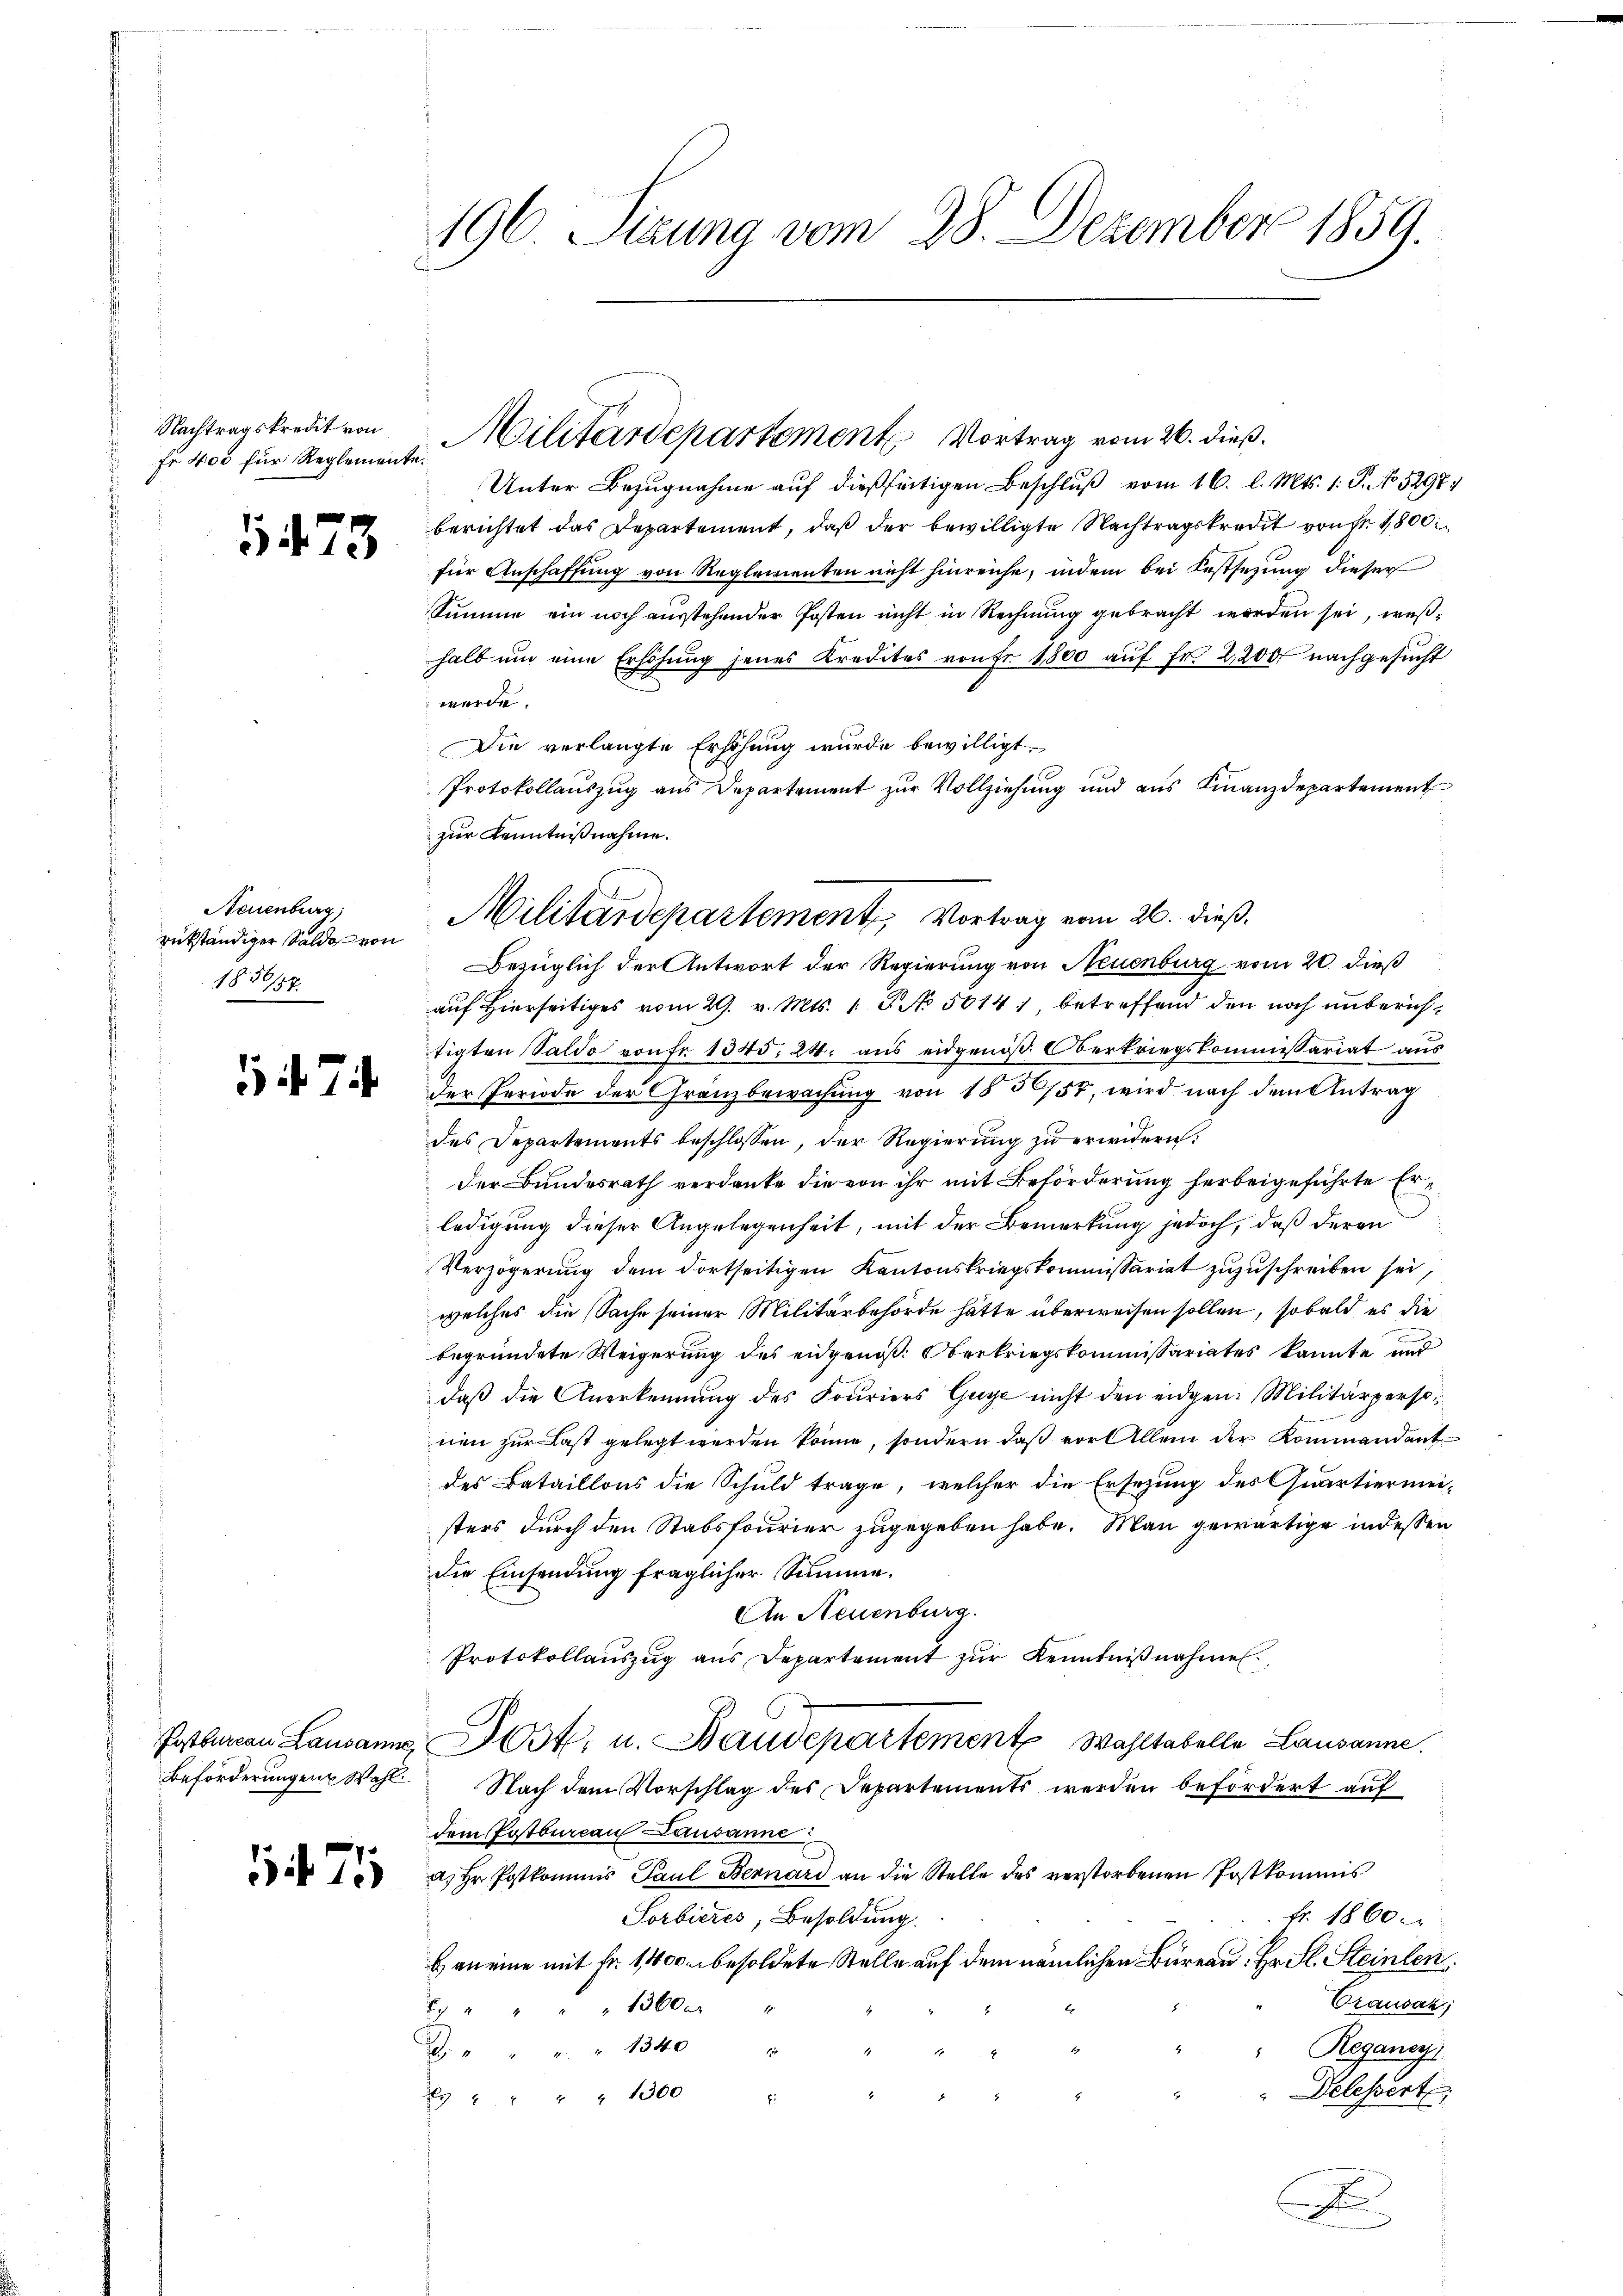
Nachtragskredit von
fr 400 für Reglemente.

1473

Neuenburg,
rükständiger Saldo von
1831

1 f. 71

Beförderungen Wahl

17

196. Sizung vom 28. Dezember 1859.

Militärdepartement Vortrag vom 26. dieß.

Unter Bezugnahme auf dießseitigen Beschluß vom 16. l. Mts. 1. J. No 5297.
berichtet das Departement, daß der bewilligte Nachtragskredit von 1800
für Anschaffung von Reglementen nicht hinreiche, indem bei Festsetzung dieser
sSumme ein noch ausstehender Posten nicht in Rechnung gebracht worden sei, weßhalb um eine Erhöhung jenes Kredites von Fr. 1800 aŭf fr. 2,200 nachgesucht
 werde.
Die verlangte Erhöhung wurde bewilligt.
Protokollauszug aus Departement zur Vollziehung und aus Finanzdepartement
Bezüglich der Antwort der Regierung von Neuenburg vom 20. dieß
auf hierseitiges vom 29. v. Mts. 1. 8. No. 5014), betreffend den noch unberichtigten Saldo von fe 1345, 24. aus eidgenöß. Obertriegskommissariat aus
der Periode der Granzbewachung von 153752, wird nach dem Antrag
des Departements beschlossen, der Regierung zu erwidern:
der Bundesrath verdanke die von ihr mit Beförderung herbeigeführte Erledigung dieser Angelegenheit, mit der Bemerkung jedoch, daß deren
Verzögerung dem dortseitigen Kantonskriegskommissariat zuzuschreiben sei,
welches die Sache seiner Militärbehörde hätte überweisen sollen, sobald es die
begründete Weigerung des eidgenoß: Oberkriegskommissariates kannte und
daß die Anerkennung des Fouriers Guye nicht den eidgen: Militärpersonen zur Last gelegt werden könne, sondern daß vor Allem der Kommandant
des Bataillons die Schuld trage, welcher die Ersezung des Quartiermeisters durch den Stabsfourier zugegeben habe. Man gewärtige indessen
die Einsendung fraglicher Summe.
An Neuenburg.
Protokollaŭszŭg ans Departement zŭr Kenntniβnahme
Postbureau Lausanne, Post, u. Baudepartement Wohltabelle Lausanne.
Nach dem Vorschlag des Departements werden befördert auf
dem Postbureau Lausanne
a) Hr. Postkommis Paul Bernard an die Stelle des verstorbenen Postkommis
Fr. 1860.
Sorbieres, Besoldung.
Heneine mit Fr. 11000 besoldete Stelle auf dem nämlichen Bureau. Hr. Fl. Steinlen
Orausaz
6 " " " " 13600r "
Regangs
d. " " " " 1340
1
Delessert
234 " " " 1300
E:
x

zur Kenntnißnahme.
Militärdepartement, Vortrag vom 26. dieß.